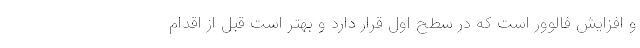
و افزایش فالوور است که در سطح اول قرار دارد و بهتر است قبل از اقدام